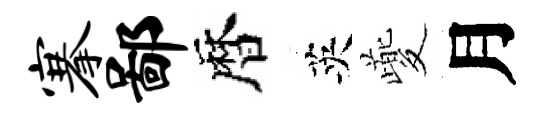
搴鄙暦英夔月